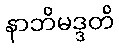
နာဘိမဒ္ဒတိ